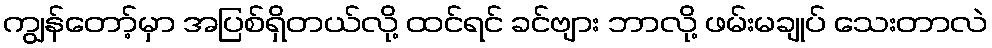
ကျွန်တော့်မှာ အပြစ်ရှိတယ်လို့ ထင်ရင် ခင်ဗျား ဘာလို့ ဖမ်းမချုပ် သေးတာလဲ